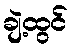
ချဲ့ထွင်